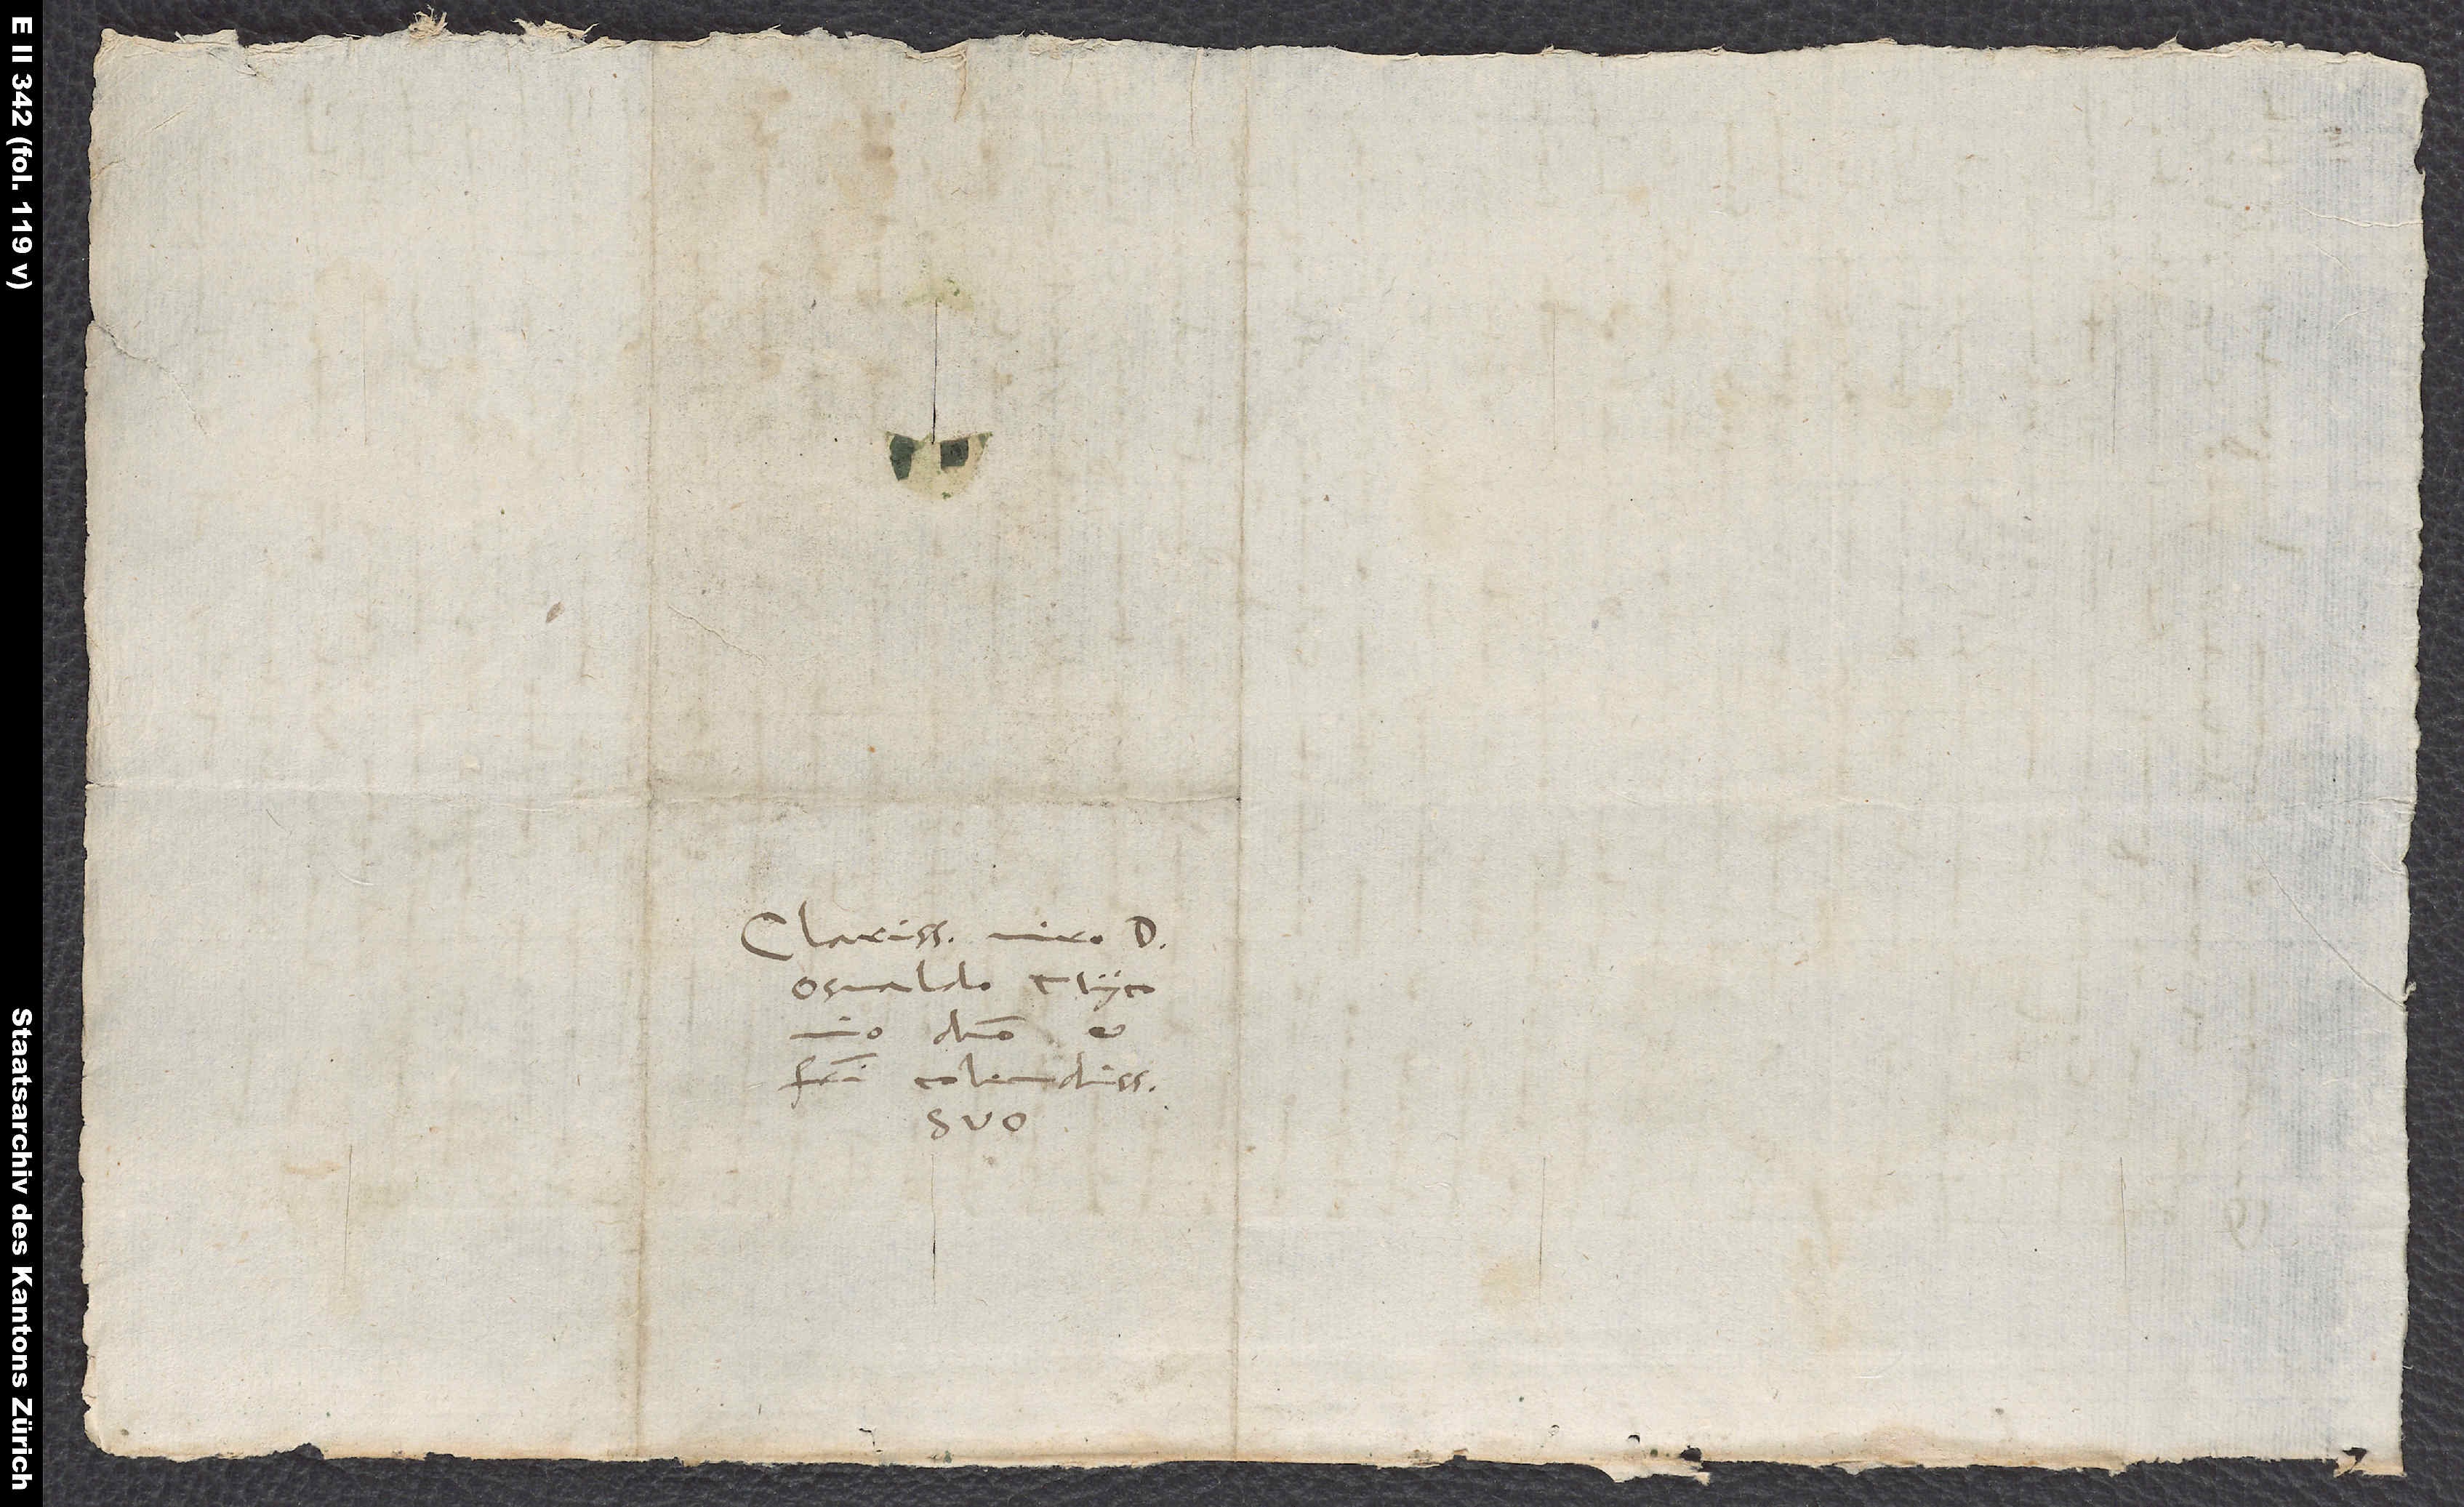
Clarissimo viro d.
Osvaldo Myconio,
domino
d.
fratri colendissimo
suo.